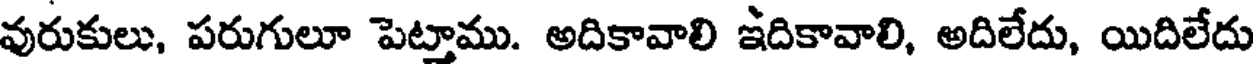
వురుకులు, పరుగులూ పెట్తాము. అదికావాలి ఇదికావాలి, అదిలేదు, యిదిలేదు